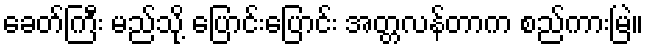
ခေတ်ကြီး မည်သို့ ပြောင်းပြောင်း အတ္တလန်တာက စည်ကားမြဲ။